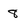
Character: 8